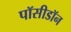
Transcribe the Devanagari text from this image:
पॉसीडॉन